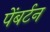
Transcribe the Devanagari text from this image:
पेंबर्टन